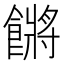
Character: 𩝴